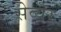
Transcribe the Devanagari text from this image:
सेव्यर